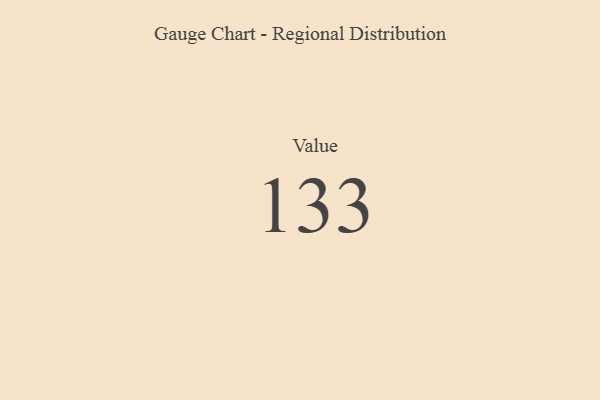
{"axis": {"x": "Metric", "y": "Value"}, "legend": [""], "data": [{"x": "Value", "y": 133, "type": ""}]}